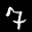
Label: 7